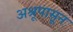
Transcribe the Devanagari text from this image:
अश्रूपासून